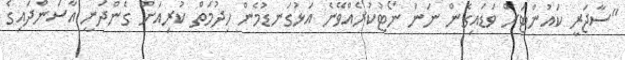
"ސާޖަރީ ކައުންޓަށް ވަޑައިގެން ނަން ނޯޓުކުރެއްވޭނެ އަޅުގަނޑުމެން ހިދުމަތް ކުރިއަށް ގެންދަނީ އާސަންދައިގެ